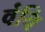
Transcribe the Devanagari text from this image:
वंचि